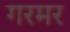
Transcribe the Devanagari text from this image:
गरमर